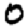
Digit: 0